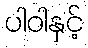
ပါဝါနှင့်